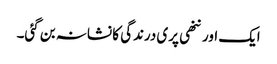
ایک اور ننھی پری درندگی کا نشانہ بن گئی۔